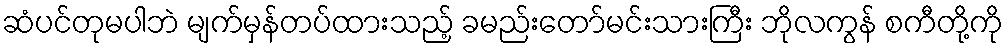
ဆံပင်တုမပါဘဲ မျက်မှန်တပ်ထားသည့် ခမည်းတော်မင်းသားကြီး ဘိုလကွန် စကီတို့ကို